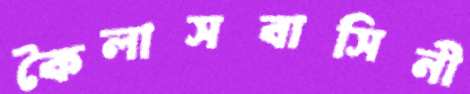
কৈলাসবাসিনী